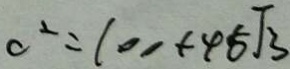
c ^ { 2 } = 1 0 0 + 4 5 \sqrt { 3 }